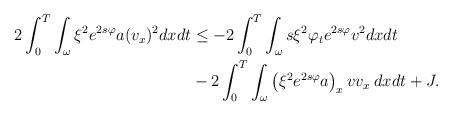
LaTeX: \begin{align*} \begin{aligned} 2\int_0^T \int_{\omega}\xi^2 e^{2s\varphi} a (v_x)^2dxdt&\le- 2 \int_0^T \int_{\omega}s \xi ^2 \varphi _t e^{2s\varphi} v^2dxdt\\& -2\int_0^T \int_{\omega} \left(\xi^2e^{2s\varphi}a\right)_xvv_x\:dxdt + J. \end{aligned} \end{align*}